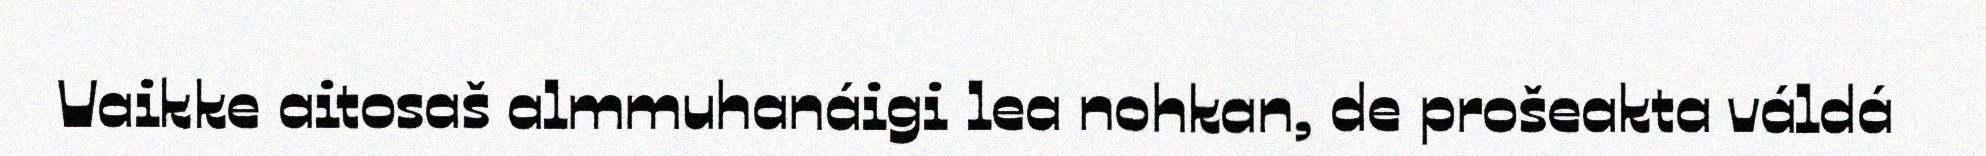
Vaikke aitosaš almmuhanáigi lea nohkan, de prošeakta váldá